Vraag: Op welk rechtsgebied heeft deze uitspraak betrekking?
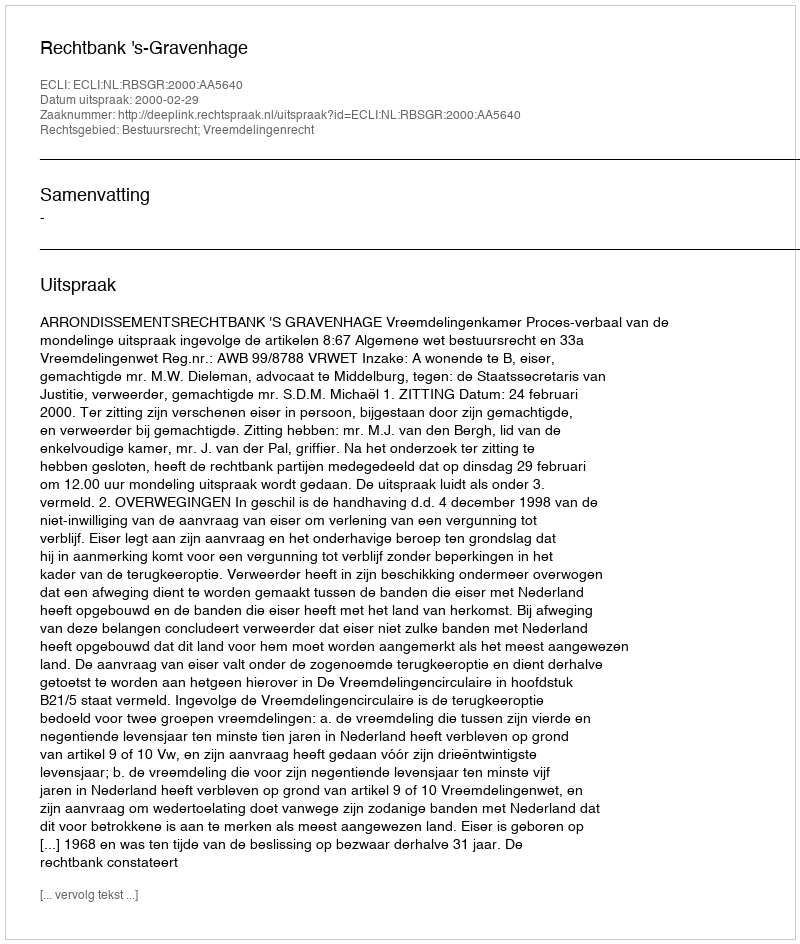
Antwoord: Bestuursrecht; Vreemdelingenrecht